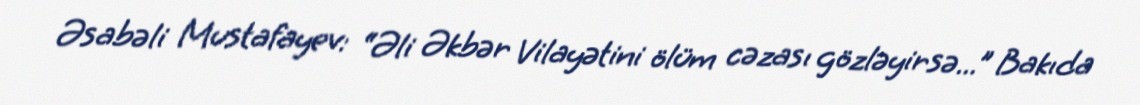
Əsabəli Mustafayev: “Əli Əkbər Vilayətini ölüm cəzası gözləyirsə...” Bakıda